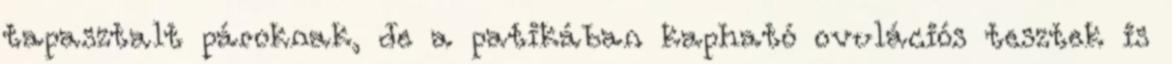
tapasztalt pároknak, de a patikában kapható ovulációs tesztek is